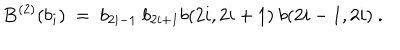
{ \bf B } ^ { ( 2 ) } ( b _ { i } ) ~ = ~ b _ { 2 i - 1 } ~ b _ { 2 i + 1 } b ( 2 i , 2 i + 1 ) ~ b ( 2 i - 1 , 2 i ) ~ .